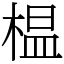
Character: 榅